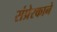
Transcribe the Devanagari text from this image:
संप्रेरकाने